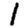
Digit: 1